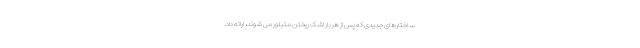
ساختارهای جدیدی که پس از هربار اشک ریختن متبلور می شوند، ارائه داد.